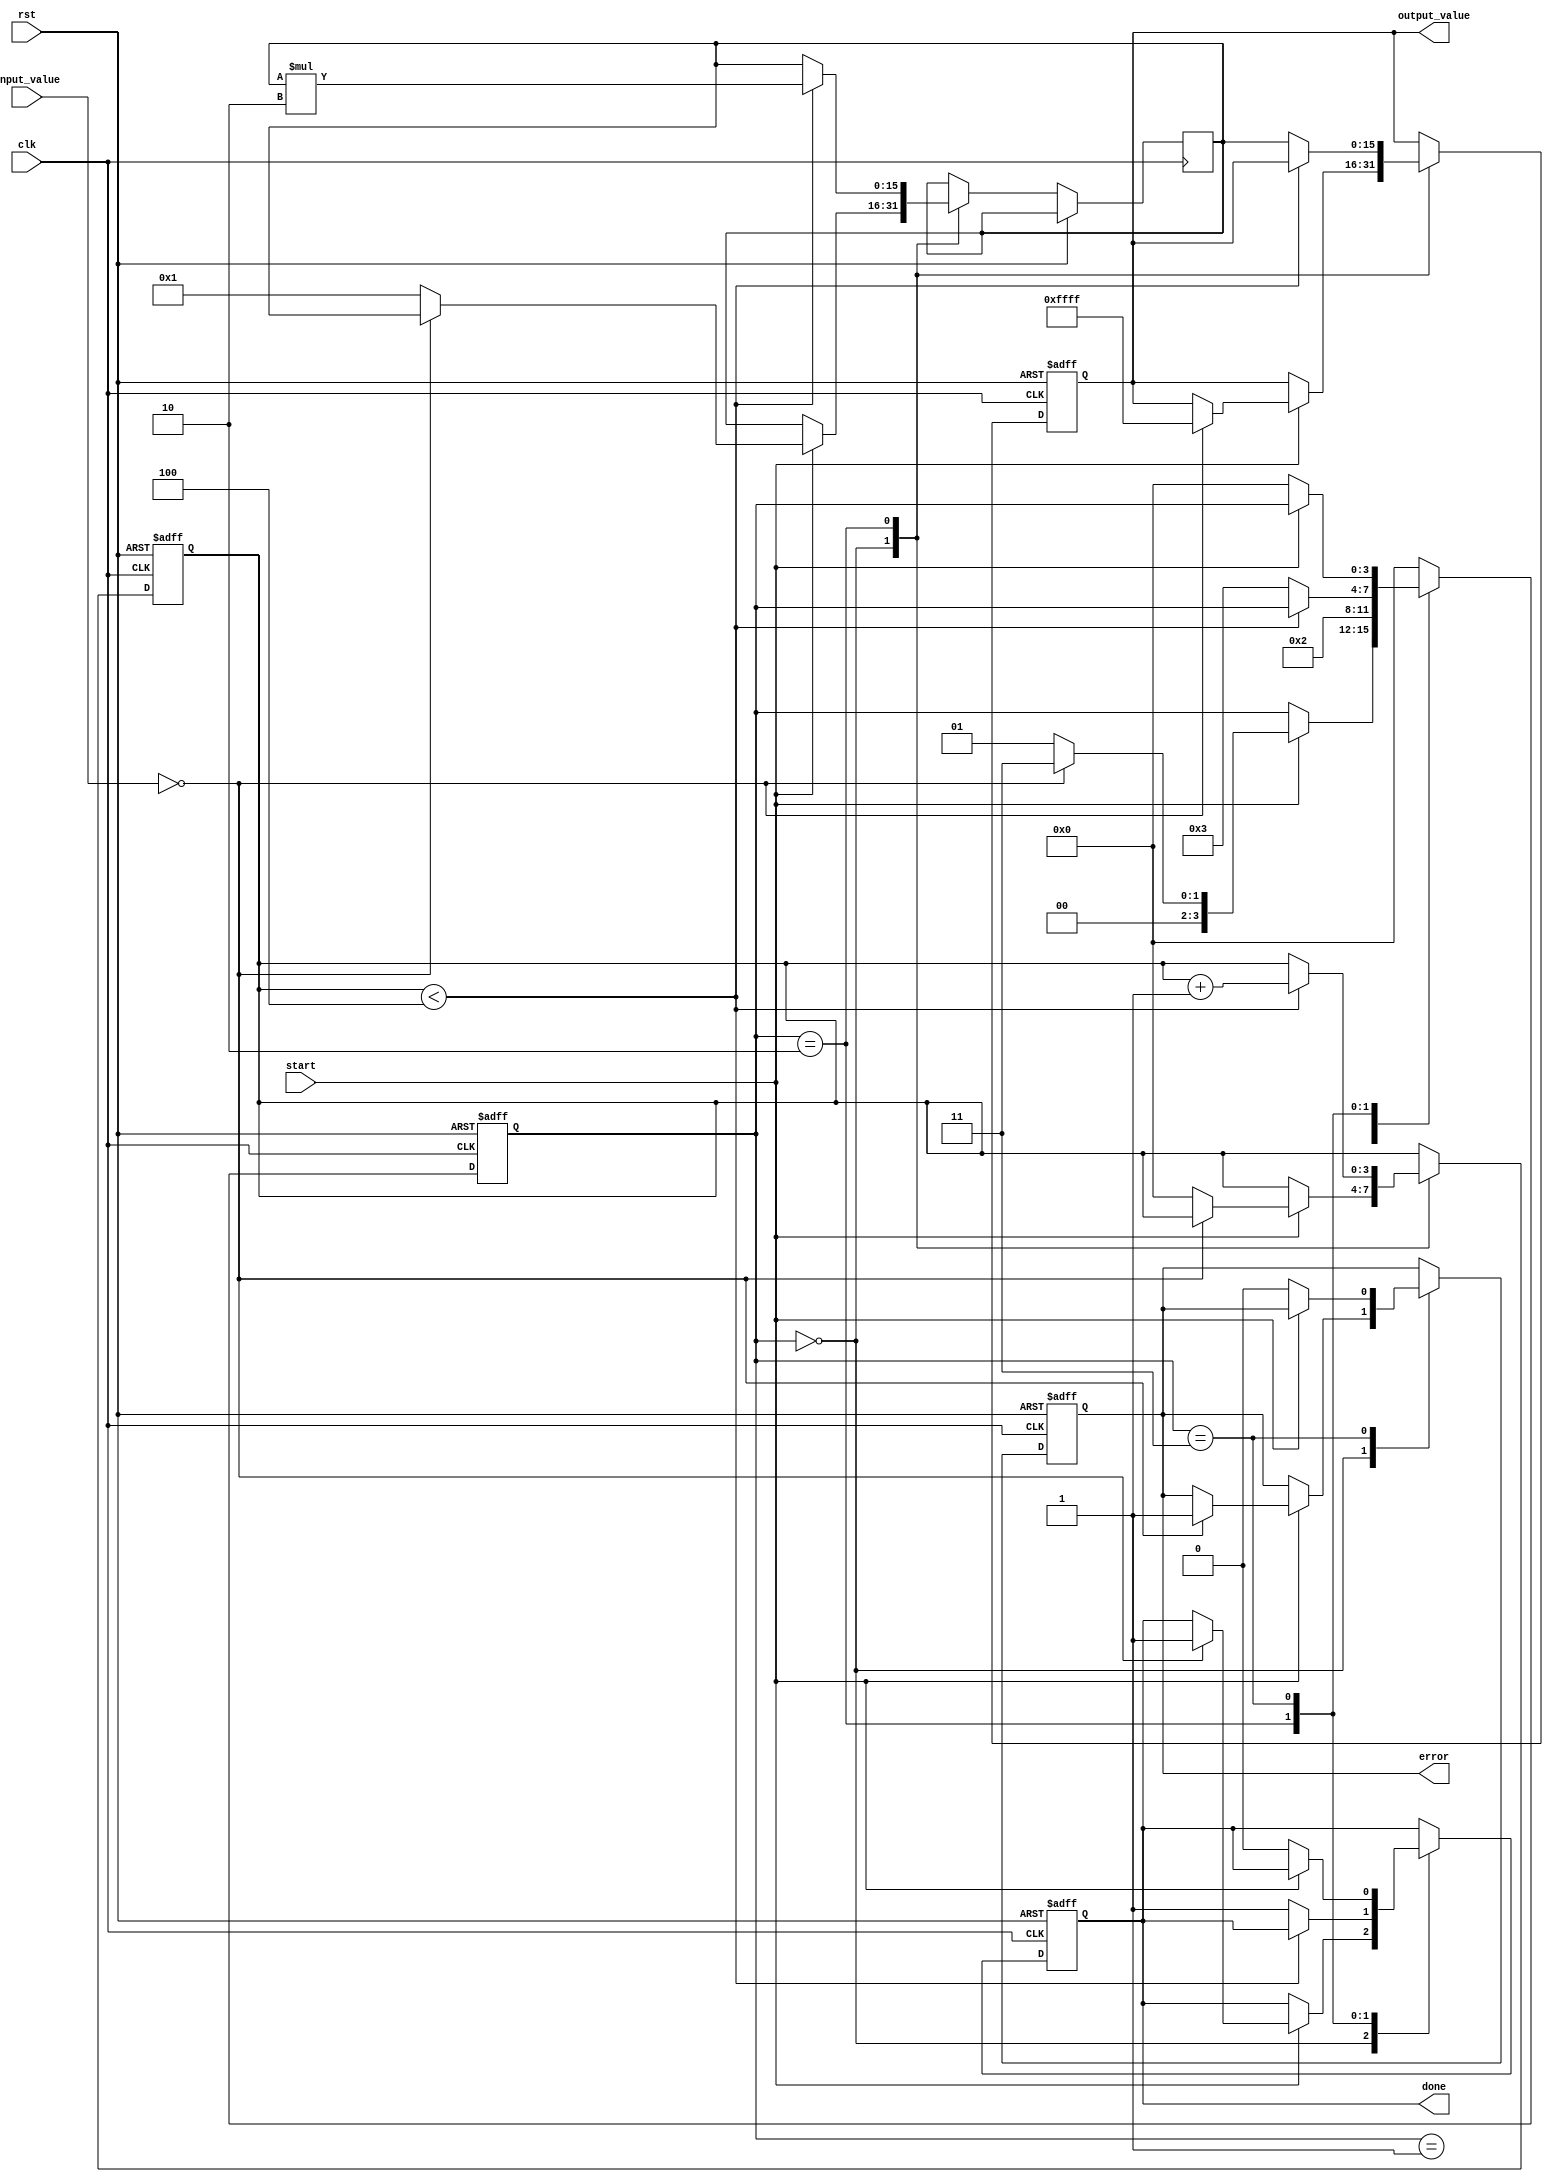
module ReciprocalUnit (
    input wire clk,
    input wire rst,
    input wire start,
    input wire [15:0] input_value, // 16-bit fixed-point input
    output reg [15:0] output_value, // 16-bit fixed-point output
    output reg done,
    output reg error
);

    reg [15:0] approx; // Approximation of the reciprocal
    reg [3:0] state; // State machine for control
    reg [3:0] count; // Iteration counter

    // State definitions
    localparam IDLE = 4'b0000,
               INIT = 4'b0001,
               CALC = 4'b0010,
               DONE = 4'b0011;

    // Constants
    localparam MAX_VALUE = 16'hFFFF; // Maximum representable value
    localparam ZERO_VALUE = 16'h0000; // Zero input value

    // Initial state
    initial begin
        output_value = 16'h0000;
        done = 0;
        error = 0;
        state = IDLE;
        count = 0;
    end

    // State machine
    always @(posedge clk or posedge rst) begin
        if (rst) begin
            output_value <= 16'h0000;
            done <= 0;
            error <= 0;
            state <= IDLE;
            count <= 0;
        end else begin
            case (state)
                IDLE: begin
                    if (start) begin
                        if (input_value == ZERO_VALUE) begin
                            output_value <= MAX_VALUE; // Handle zero input
                            error <= 1; // Set error flag
                            done <= 1;
                            state <= DONE;
                        end else begin
                            approx <= 16'h0001; // Initial approximation (1)
                            count <= 0;
                            state <= INIT;
                        end
                    end
                end

                INIT: begin
                    // Start the calculation
                    state <= CALC;
                end

                CALC: begin
                    if (count < 4) begin // Perform 4 iterations
                        approx <= approx * (16'h0002 - (input_value * approx >> 16)); // Newton-Raphson iteration
                        count <= count + 1;
                    end else begin
                        output_value <= approx; // Final approximation
                        done <= 1;
                        state <= DONE;
                    end
                end

                DONE: begin
                    if (!start) begin
                        done <= 0; // Reset done flag
                        error <= 0; // Reset error flag
                        state <= IDLE; // Go back to IDLE state
                    end
                end

                default: state <= IDLE; // Default to IDLE
            endcase
        end
    end
endmodule